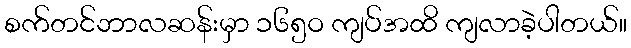
စက်တင်ဘာလဆန်းမှာ ၁၆၅ဝ ကျပ်အထိ ကျလာခဲ့ပါတယ်။